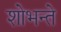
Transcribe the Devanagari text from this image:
शोभन्ते